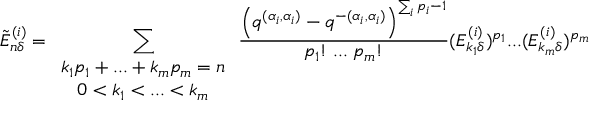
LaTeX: \tilde { E } _ { n \delta } ^ { ( i ) } = \sum _ { \begin{array} { c } { { k _ { 1 } p _ { 1 } + . . . + k _ { m } p _ { m } = n } } \\ { { 0 < k _ { 1 } < . . . < k _ { m } } } \end{array} } \frac { \left( q ^ { ( \alpha _ { i } , \alpha _ { i } ) } - q ^ { - ( \alpha _ { i } , \alpha _ { i } ) } \right) ^ { \sum _ { i } p _ { i } - 1 } } { p _ { 1 } ! \; . . . \; p _ { m } ! } ( E _ { k _ { 1 } \delta } ^ { ( i ) } ) ^ { p _ { 1 } } . . . ( E _ { k _ { m } \delta } ^ { ( i ) } ) ^ { p _ { m } }